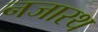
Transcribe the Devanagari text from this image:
नजारथ